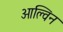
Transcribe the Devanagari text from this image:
ओल्विन